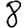
Digit: 8